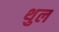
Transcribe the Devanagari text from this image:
थुल